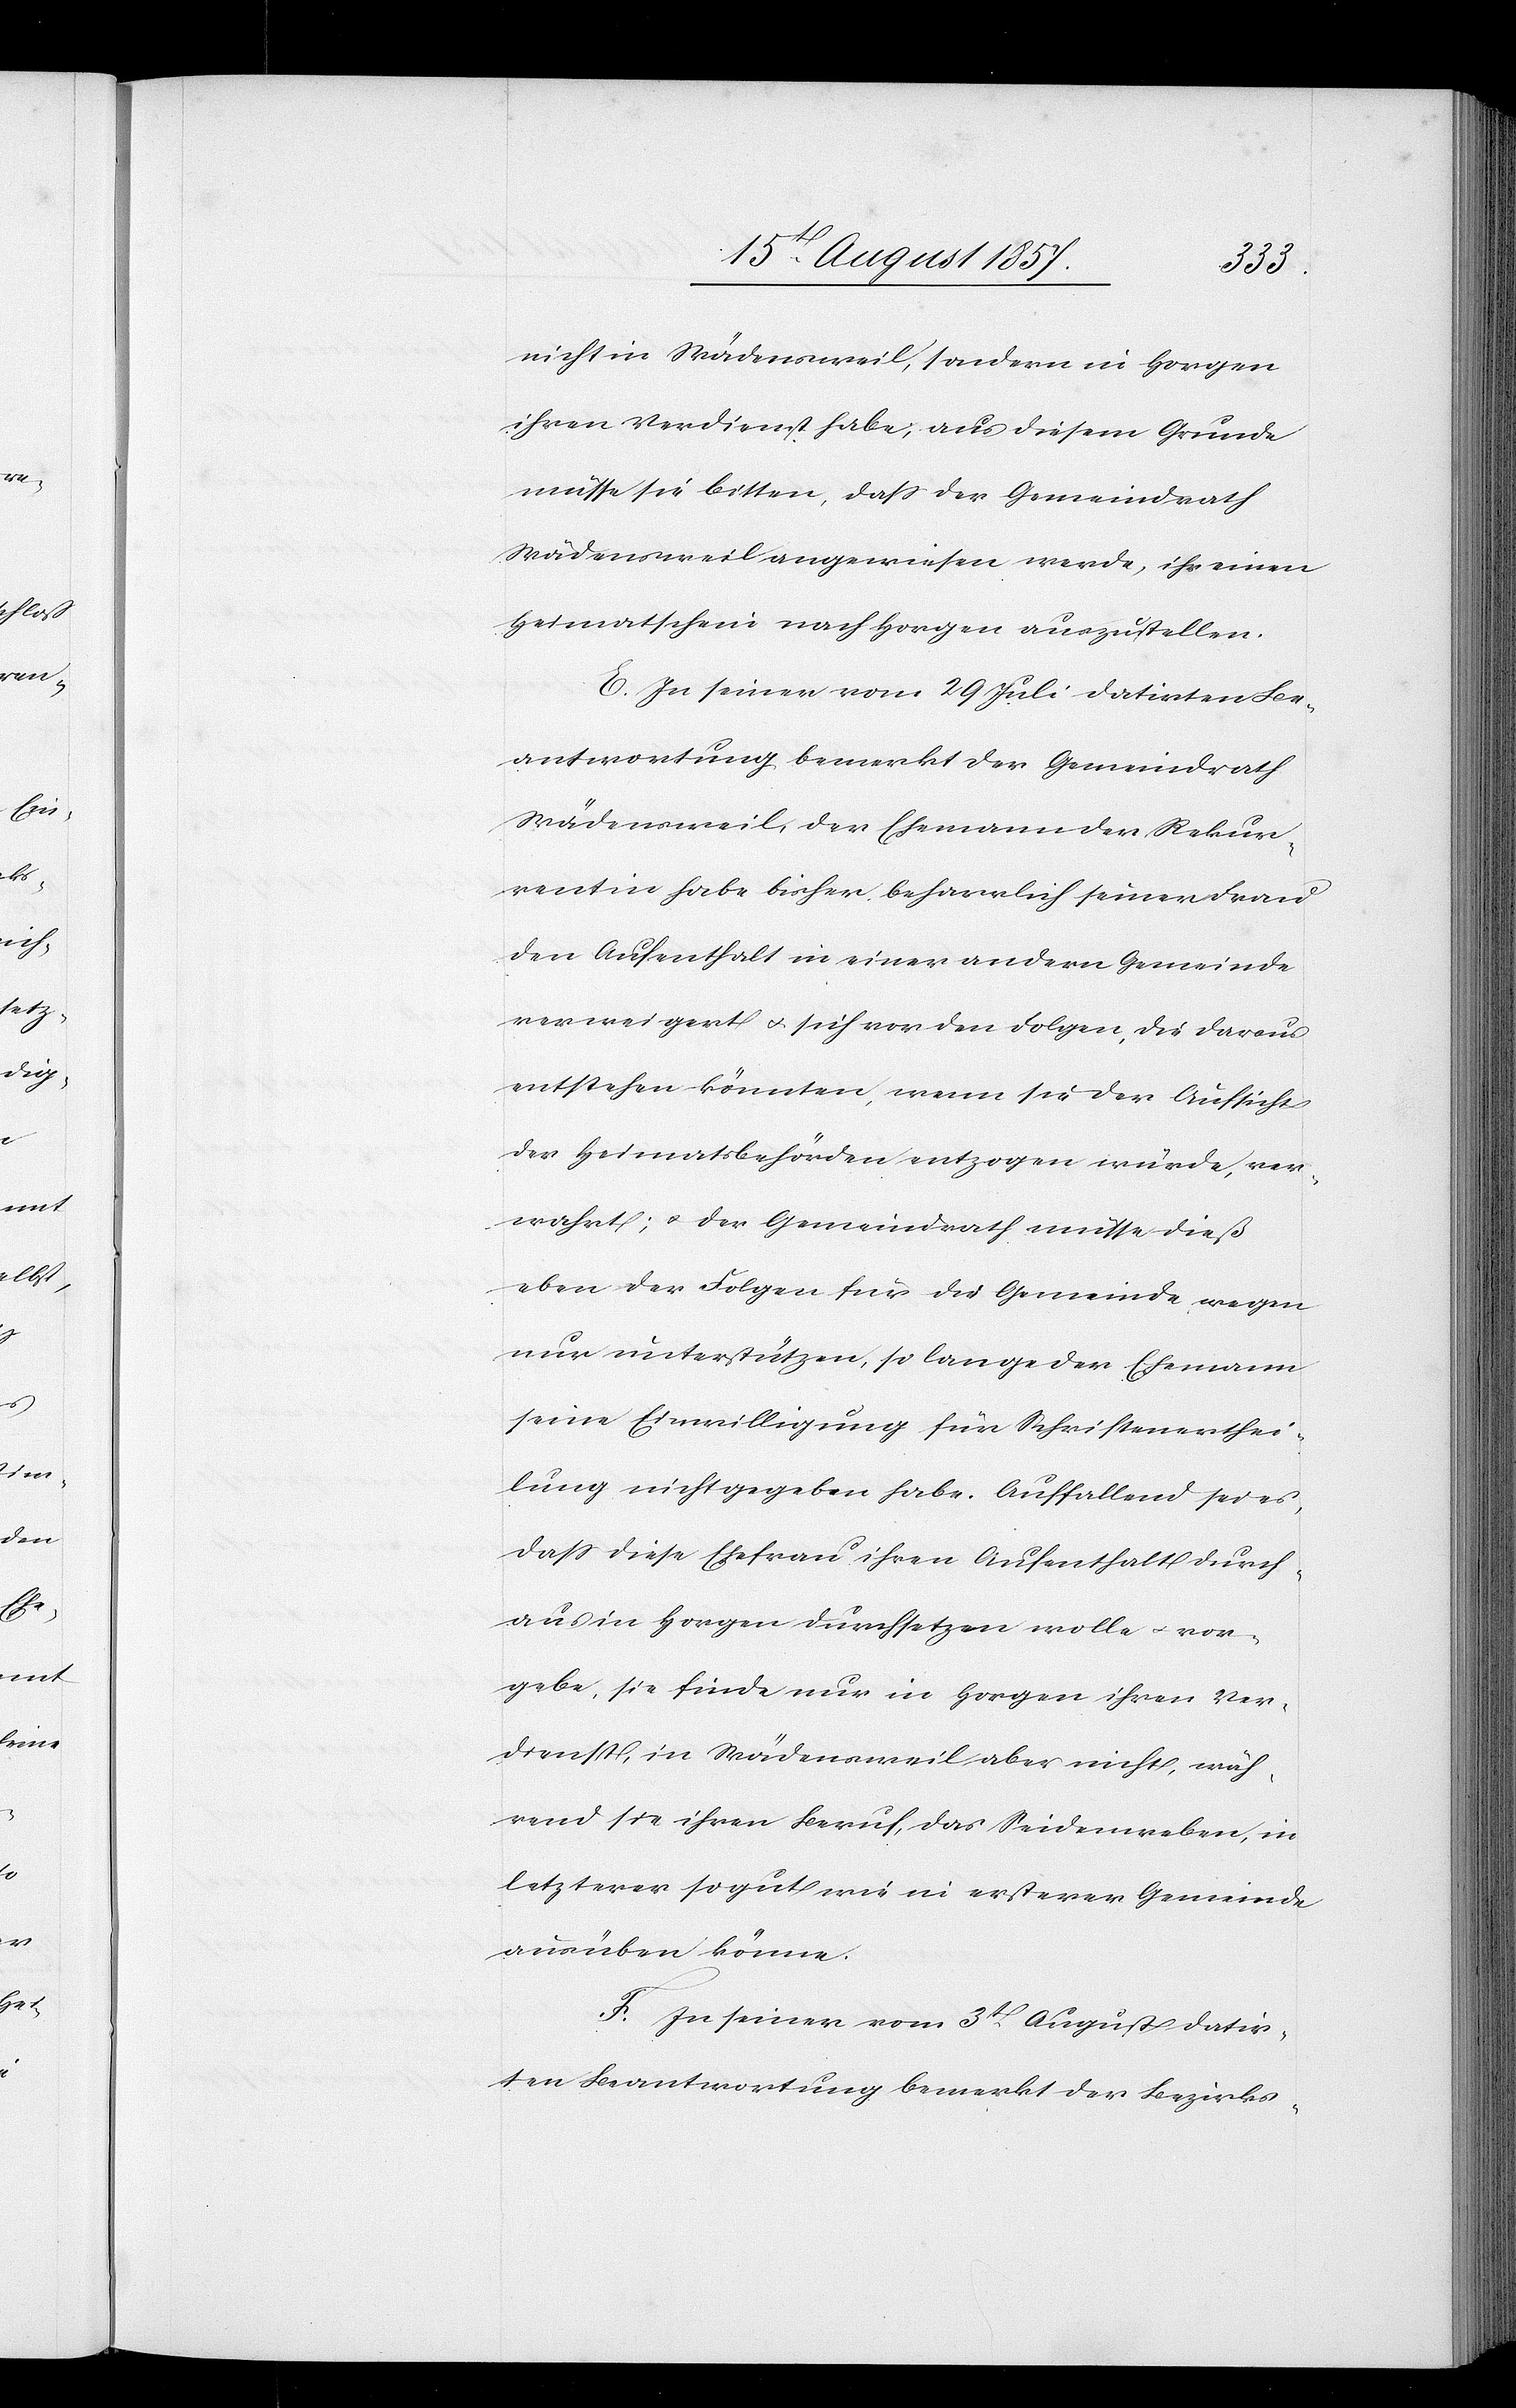
nicht in Wädensweil, sondern in Horgen
ihren Verdienst habe, aus diesem Grunde
müsse sie bitten, daß der Gemeindrath
Wädensweil angewiesen werde, ihr einen
Heimatschein nach Horgen auszustellen.
E. In seiner vom 29 Juli datirten Be¬
antwortung bemerkt der Gemeindrath
Wädensweil, der Ehemann der Rekur¬
rentin habe bisher beharrlich seiner Frau
den Aufenthalt in einer andern Gemeinde
verweigert & sich vor den Folgen die daraus
entstehen könnten, wenn sie der Aufsicht
der Heimatbehörden entzogen würde, ver¬
wahrt; & der Gemeindrath müsse dieß
eben der Folgen für die Gemeinde wegen
nur unterstützen, so lange der Ehemann
seine Einwilligung für Schriftenverthei¬
lung nicht gegeben habe. Auffallend sei es,
daß diese Ehefrau ihren Aufenthalt durch¬
aus in Horgen durchsetzen wolle & vor¬
gebe, sie finde nur in Horgen ihren Ver¬
dienst, in Wädensweil aber nicht, wäh¬
rend sie ihren Beruf das Seidenweben, in
letzterer so gut wie in ersterer Gemeinde
ausüben könne.
F. In seiner vom 3t August datir¬
ten Beantwortung bemerkt der Bezirks-